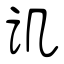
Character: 讥